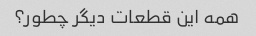
همه این قطعات دیگر چطور؟